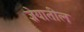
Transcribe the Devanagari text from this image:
ज्ञेयातील